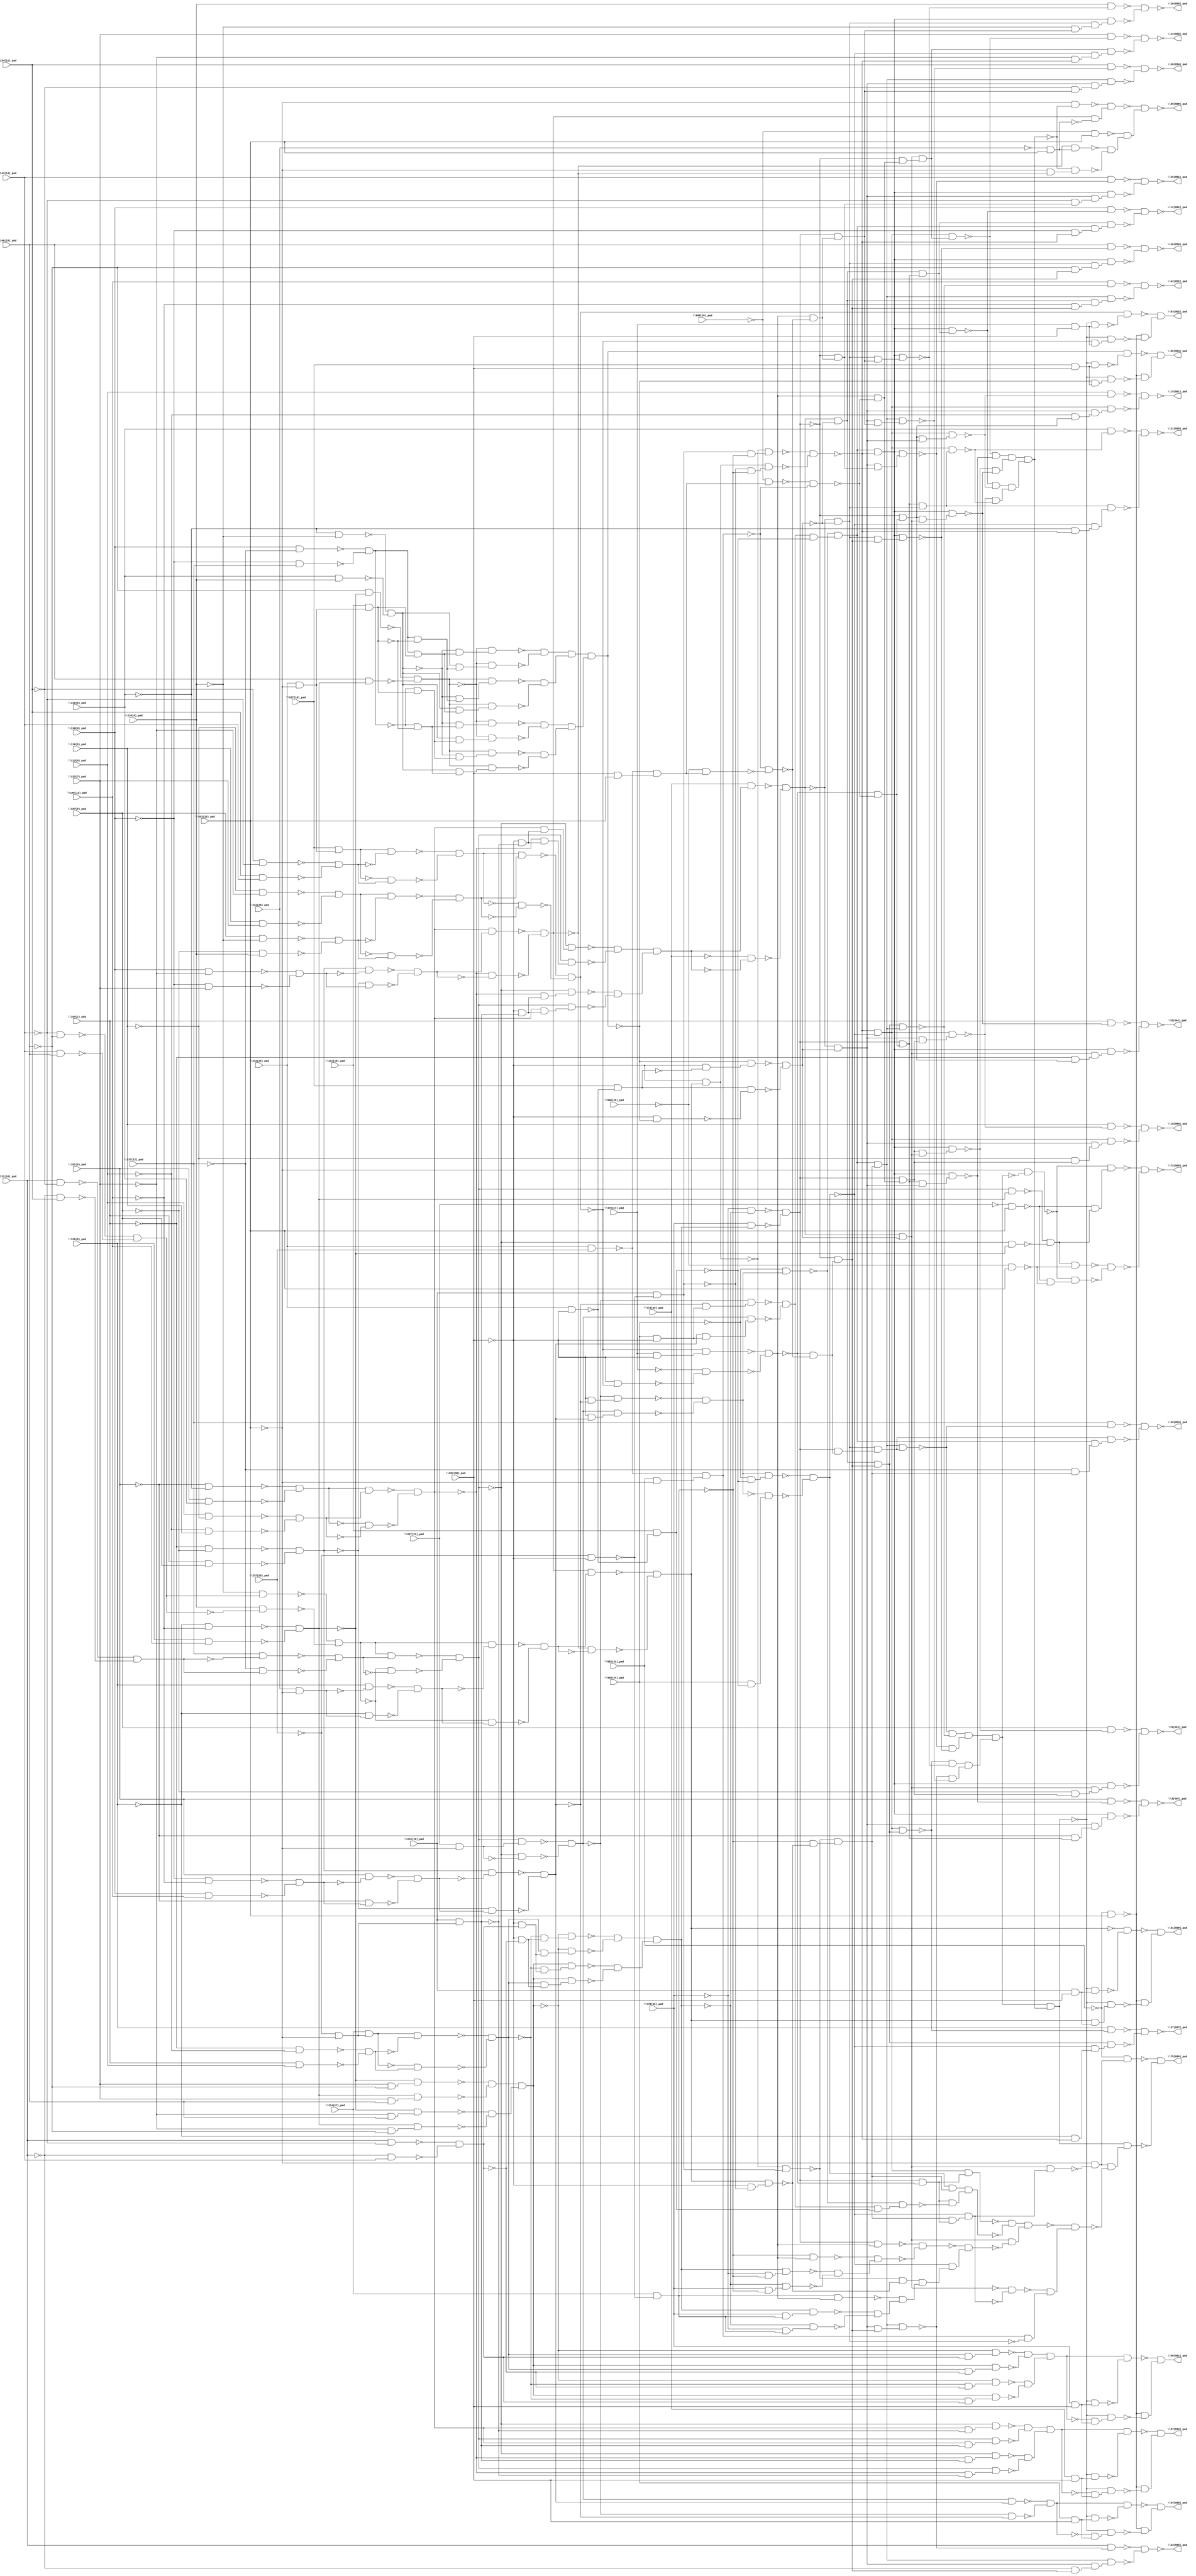
module top( \101(0)_pad  , \104(1)_pad  , \107(2)_pad  , \110(3)_pad  , \113(4)_pad  , \116(5)_pad  , \119(6)_pad  , \122(7)_pad  , \125(8)_pad  , \128(9)_pad  , \131(10)_pad  , \134(11)_pad  , \137(12)_pad  , \140(13)_pad  , \143(14)_pad  , \146(15)_pad  , \210(16)_pad  , \214(17)_pad  , \217(18)_pad  , \221(19)_pad  , \224(20)_pad  , \227(21)_pad  , \234(22)_pad  , \237(23)_pad  , \469(24)_pad  , \472(25)_pad  , \475(26)_pad  , \478(27)_pad  , \898(28)_pad  , \900(29)_pad  , \902(30)_pad  , \952(31)_pad  , \953(32)_pad  , \12(862)_pad  , \15(861)_pad  , \18(860)_pad  , \21(859)_pad  , \24(858)_pad  , \27(857)_pad  , \3(865)_pad  , \30(856)_pad  , \33(855)_pad  , \36(854)_pad  , \39(853)_pad  , \42(852)_pad  , \45(851)_pad  , \48(850)_pad  , \51(899)_pad  , \54(900)_pad  , \57(912)_pad  , \6(864)_pad  , \60(901)_pad  , \63(902)_pad  , \66(903)_pad  , \69(908)_pad  , \72(909)_pad  , \75(866)_pad  , \9(863)_pad  );
  input \101(0)_pad  ;
  input \104(1)_pad  ;
  input \107(2)_pad  ;
  input \110(3)_pad  ;
  input \113(4)_pad  ;
  input \116(5)_pad  ;
  input \119(6)_pad  ;
  input \122(7)_pad  ;
  input \125(8)_pad  ;
  input \128(9)_pad  ;
  input \131(10)_pad  ;
  input \134(11)_pad  ;
  input \137(12)_pad  ;
  input \140(13)_pad  ;
  input \143(14)_pad  ;
  input \146(15)_pad  ;
  input \210(16)_pad  ;
  input \214(17)_pad  ;
  input \217(18)_pad  ;
  input \221(19)_pad  ;
  input \224(20)_pad  ;
  input \227(21)_pad  ;
  input \234(22)_pad  ;
  input \237(23)_pad  ;
  input \469(24)_pad  ;
  input \472(25)_pad  ;
  input \475(26)_pad  ;
  input \478(27)_pad  ;
  input \898(28)_pad  ;
  input \900(29)_pad  ;
  input \902(30)_pad  ;
  input \952(31)_pad  ;
  input \953(32)_pad  ;
  output \12(862)_pad  ;
  output \15(861)_pad  ;
  output \18(860)_pad  ;
  output \21(859)_pad  ;
  output \24(858)_pad  ;
  output \27(857)_pad  ;
  output \3(865)_pad  ;
  output \30(856)_pad  ;
  output \33(855)_pad  ;
  output \36(854)_pad  ;
  output \39(853)_pad  ;
  output \42(852)_pad  ;
  output \45(851)_pad  ;
  output \48(850)_pad  ;
  output \51(899)_pad  ;
  output \54(900)_pad  ;
  output \57(912)_pad  ;
  output \6(864)_pad  ;
  output \60(901)_pad  ;
  output \63(902)_pad  ;
  output \66(903)_pad  ;
  output \69(908)_pad  ;
  output \72(909)_pad  ;
  output \75(866)_pad  ;
  output \9(863)_pad  ;
  wire n34 , n35 , n36 , n37 , n38 , n39 , n40 , n41 , n42 , n43 , n44 , n45 , n46 , n47 , n48 , n49 , n50 , n51 , n52 , n53 , n54 , n55 , n56 , n57 , n58 , n59 , n60 , n61 , n62 , n63 , n64 , n65 , n66 , n67 , n68 , n69 , n70 , n71 , n72 , n73 , n74 , n75 , n76 , n77 , n78 , n79 , n80 , n81 , n82 , n83 , n84 , n85 , n86 , n87 , n88 , n89 , n90 , n91 , n92 , n93 , n94 , n95 , n96 , n97 , n98 , n99 , n100 , n101 , n102 , n103 , n104 , n105 , n106 , n107 , n108 , n109 , n110 , n111 , n112 , n113 , n114 , n115 , n116 , n117 , n118 , n119 , n120 , n121 , n122 , n123 , n124 , n125 , n126 , n127 , n128 , n129 , n130 , n131 , n132 , n133 , n134 , n135 , n136 , n137 , n138 , n139 , n140 , n141 , n142 , n143 , n144 , n145 , n146 , n147 , n148 , n149 , n150 , n151 , n152 , n153 , n154 , n155 , n156 , n157 , n158 , n159 , n160 , n161 , n162 , n163 , n164 , n165 , n166 , n167 , n168 , n169 , n170 , n171 , n172 , n173 , n174 , n175 , n176 , n177 , n178 , n179 , n180 , n181 , n182 , n183 , n184 , n185 , n186 , n187 , n188 , n189 , n190 , n191 , n192 , n193 , n194 , n195 , n196 , n197 , n198 , n199 , n200 , n201 , n202 , n203 , n204 , n205 , n206 , n207 , n208 , n209 , n210 , n211 , n212 , n213 , n214 , n215 , n216 , n217 , n218 , n219 , n220 , n221 , n222 , n223 , n224 , n225 , n226 , n227 , n228 , n229 , n230 , n231 , n232 , n233 , n234 , n235 , n236 , n237 , n238 , n239 , n240 , n241 , n242 , n243 , n244 , n245 , n246 , n247 , n248 , n249 , n250 , n251 , n252 , n253 , n254 , n255 , n256 , n257 , n258 , n259 , n260 , n261 , n262 , n263 , n264 , n265 , n266 , n267 , n268 , n269 , n270 , n271 , n272 , n273 , n274 , n275 , n276 , n277 , n278 , n279 , n280 , n281 , n282 , n283 , n284 , n285 , n286 , n287 , n288 , n289 , n290 , n291 , n292 , n293 , n294 , n295 , n296 , n297 , n298 , n299 , n300 , n301 , n302 , n303 , n304 , n305 , n306 , n307 , n308 , n309 , n310 , n311 , n312 , n313 , n314 , n315 , n316 , n317 , n318 , n319 , n320 , n321 , n322 , n323 , n324 , n325 , n326 , n327 , n328 , n329 , n330 , n331 , n332 , n333 , n334 , n335 , n336 , n337 , n338 , n339 , n340 , n341 , n342 , n343 , n344 , n345 , n346 , n347 , n348 , n349 , n350 , n351 , n352 , n353 , n354 , n355 , n356 , n357 , n358 , n359 , n360 , n361 , n362 , n363 , n364 , n365 , n366 , n367 , n368 , n369 , n370 , n371 , n372 , n373 , n374 , n375 , n376 , n377 , n378 , n379 , n380 , n381 , n382 , n383 , n384 , n385 , n386 , n387 , n388 , n389 , n390 , n391 , n392 , n393 , n394 , n395 , n396 , n397 , n398 , n399 , n400 , n401 , n402 , n403 , n404 , n405 , n406 , n407 , n408 , n409 , n410 , n411 , n412 , n413 , n414 , n415 , n416 , n417 , n418 , n419 , n420 , n421 , n422 , n423 , n424 , n425 , n426 , n427 , n428 , n429 , n430 , n431 , n432 , n433 , n434 , n435 , n436 , n437 , n438 , n439 , n440 , n441 , n442 , n443 , n444 , n445 , n446 , n447 , n448 , n449 , n450 , n451 , n452 , n453 , n454 , n455 , n456 , n457 , n458 , n459 , n460 , n461 , n462 , n463 , n464 , n465 , n466 , n467 , n468 , n469 , n470 , n471 , n472 , n473 , n474 , n475 , n476 , n477 , n478 , n479 , n480 , n481 , n482 , n483 , n484 , n485 , n486 , n487 , n488 , n489 , n490 , n491 , n492 , n493 , n494 , n495 , n496 , n497 , n498 , n499 , n500 , n501 , n502 , n503 , n504 , n505 , n506 , n507 , n508 , n509 , n510 , n511 , n512 , n513 , n514 , n515 , n516 , n517 , n518 , n519 , n520 , n521 , n522 , n523 , n524 , n525 , n526 , n527 , n528 , n529 , n530 , n531 , n532 , n533 , n534 , n535 , n536 , n537 , n538 , n539 , n540 , n541 ;
  assign n34 = ~\143(14)_pad  & ~\146(15)_pad  ;
  assign n35 = \143(14)_pad  & \146(15)_pad  ;
  assign n36 = ~n34 & ~n35 ;
  assign n37 = ~\128(9)_pad  & n36 ;
  assign n38 = \128(9)_pad  & ~n36 ;
  assign n39 = ~n37 & ~n38 ;
  assign n40 = \131(10)_pad  & ~\134(11)_pad  ;
  assign n41 = ~\131(10)_pad  & \134(11)_pad  ;
  assign n42 = ~n40 & ~n41 ;
  assign n43 = \137(12)_pad  & ~n42 ;
  assign n44 = ~\137(12)_pad  & n42 ;
  assign n45 = ~n43 & ~n44 ;
  assign n46 = n39 & n45 ;
  assign n47 = ~n39 & ~n45 ;
  assign n48 = ~n46 & ~n47 ;
  assign n49 = \227(21)_pad  & ~\953(32)_pad  ;
  assign n50 = n48 & n49 ;
  assign n51 = ~n48 & ~n49 ;
  assign n52 = ~n50 & ~n51 ;
  assign n53 = ~\104(1)_pad  & ~\107(2)_pad  ;
  assign n54 = \104(1)_pad  & \107(2)_pad  ;
  assign n55 = ~n53 & ~n54 ;
  assign n56 = ~\110(3)_pad  & ~\140(13)_pad  ;
  assign n57 = \110(3)_pad  & \140(13)_pad  ;
  assign n58 = ~n56 & ~n57 ;
  assign n59 = \101(0)_pad  & ~n58 ;
  assign n60 = ~\101(0)_pad  & n58 ;
  assign n61 = ~n59 & ~n60 ;
  assign n62 = n55 & ~n61 ;
  assign n63 = ~n55 & n61 ;
  assign n64 = ~n62 & ~n63 ;
  assign n65 = ~\902(30)_pad  & ~n64 ;
  assign n66 = ~n52 & n65 ;
  assign n67 = ~\902(30)_pad  & n64 ;
  assign n68 = n52 & n67 ;
  assign n69 = ~n66 & ~n68 ;
  assign n70 = ~\469(24)_pad  & n69 ;
  assign n71 = \469(24)_pad  & ~\902(30)_pad  ;
  assign n72 = ~n64 & n71 ;
  assign n73 = ~n52 & n72 ;
  assign n74 = n64 & n71 ;
  assign n75 = n52 & n74 ;
  assign n76 = ~n73 & ~n75 ;
  assign n77 = \234(22)_pad  & ~\902(30)_pad  ;
  assign n78 = \221(19)_pad  & ~n77 ;
  assign n79 = n76 & ~n78 ;
  assign n80 = ~n70 & n79 ;
  assign n81 = ~\101(0)_pad  & ~\119(6)_pad  ;
  assign n82 = \101(0)_pad  & \119(6)_pad  ;
  assign n83 = ~n81 & ~n82 ;
  assign n84 = \113(4)_pad  & ~\116(5)_pad  ;
  assign n85 = ~\113(4)_pad  & \116(5)_pad  ;
  assign n86 = ~n84 & ~n85 ;
  assign n87 = n83 & n86 ;
  assign n88 = ~n83 & ~n86 ;
  assign n89 = ~n87 & ~n88 ;
  assign n90 = \110(3)_pad  & ~\122(7)_pad  ;
  assign n91 = ~\110(3)_pad  & \122(7)_pad  ;
  assign n92 = ~n90 & ~n91 ;
  assign n93 = n55 & ~n92 ;
  assign n94 = ~n55 & n92 ;
  assign n95 = ~n93 & ~n94 ;
  assign n96 = n89 & n95 ;
  assign n97 = ~n89 & ~n95 ;
  assign n98 = ~n96 & ~n97 ;
  assign n99 = \224(20)_pad  & ~\953(32)_pad  ;
  assign n100 = \125(8)_pad  & ~n99 ;
  assign n101 = ~\125(8)_pad  & n99 ;
  assign n102 = ~n100 & ~n101 ;
  assign n103 = n39 & ~n102 ;
  assign n104 = ~n39 & n102 ;
  assign n105 = ~n103 & ~n104 ;
  assign n106 = n98 & n105 ;
  assign n107 = ~n98 & ~n105 ;
  assign n108 = ~n106 & ~n107 ;
  assign n109 = ~\902(30)_pad  & n108 ;
  assign n110 = ~\237(23)_pad  & ~\902(30)_pad  ;
  assign n111 = \210(16)_pad  & ~n110 ;
  assign n112 = \214(17)_pad  & ~n110 ;
  assign n113 = n111 & ~n112 ;
  assign n114 = ~n109 & n113 ;
  assign n115 = ~n111 & ~n112 ;
  assign n116 = n109 & n115 ;
  assign n117 = ~n114 & ~n116 ;
  assign n118 = n80 & ~n117 ;
  assign n119 = ~\237(23)_pad  & ~\953(32)_pad  ;
  assign n120 = \210(16)_pad  & n119 ;
  assign n121 = ~\902(30)_pad  & ~n120 ;
  assign n122 = n89 & n121 ;
  assign n123 = ~n48 & n122 ;
  assign n124 = ~n89 & n121 ;
  assign n125 = n48 & n124 ;
  assign n126 = ~n123 & ~n125 ;
  assign n127 = ~\902(30)_pad  & n120 ;
  assign n128 = ~n89 & n127 ;
  assign n129 = ~n48 & n128 ;
  assign n130 = n89 & n127 ;
  assign n131 = n48 & n130 ;
  assign n132 = ~n129 & ~n131 ;
  assign n133 = n126 & n132 ;
  assign n134 = \472(25)_pad  & n133 ;
  assign n135 = ~\472(25)_pad  & ~n133 ;
  assign n136 = ~n134 & ~n135 ;
  assign n137 = ~\125(8)_pad  & ~\140(13)_pad  ;
  assign n138 = \125(8)_pad  & \140(13)_pad  ;
  assign n139 = ~n137 & ~n138 ;
  assign n140 = ~\146(15)_pad  & ~n139 ;
  assign n141 = \146(15)_pad  & n139 ;
  assign n142 = ~n140 & ~n141 ;
  assign n143 = ~\119(6)_pad  & ~\128(9)_pad  ;
  assign n144 = \119(6)_pad  & \128(9)_pad  ;
  assign n145 = ~n143 & ~n144 ;
  assign n146 = \110(3)_pad  & ~\137(12)_pad  ;
  assign n147 = ~\110(3)_pad  & \137(12)_pad  ;
  assign n148 = ~n146 & ~n147 ;
  assign n149 = \234(22)_pad  & ~\953(32)_pad  ;
  assign n150 = \221(19)_pad  & n149 ;
  assign n151 = n148 & n150 ;
  assign n152 = ~n145 & n151 ;
  assign n153 = ~n142 & n152 ;
  assign n154 = n148 & ~n150 ;
  assign n155 = n145 & n154 ;
  assign n156 = ~n142 & n155 ;
  assign n157 = ~n153 & ~n156 ;
  assign n158 = ~n145 & n154 ;
  assign n159 = n142 & n158 ;
  assign n160 = n145 & n151 ;
  assign n161 = n142 & n160 ;
  assign n162 = ~n159 & ~n161 ;
  assign n163 = n157 & n162 ;
  assign n164 = ~n148 & ~n150 ;
  assign n165 = ~n145 & n164 ;
  assign n166 = ~n142 & n165 ;
  assign n167 = ~n148 & n150 ;
  assign n168 = n145 & n167 ;
  assign n169 = ~n142 & n168 ;
  assign n170 = ~n166 & ~n169 ;
  assign n171 = ~n145 & n167 ;
  assign n172 = n142 & n171 ;
  assign n173 = n145 & n164 ;
  assign n174 = n142 & n173 ;
  assign n175 = ~n172 & ~n174 ;
  assign n176 = n170 & n175 ;
  assign n177 = n163 & n176 ;
  assign n178 = \217(18)_pad  & ~n77 ;
  assign n179 = ~\902(30)_pad  & ~n178 ;
  assign n180 = ~n177 & n179 ;
  assign n181 = ~\902(30)_pad  & ~n177 ;
  assign n182 = n178 & ~n181 ;
  assign n183 = ~n180 & ~n182 ;
  assign n184 = n136 & ~n183 ;
  assign n185 = \122(7)_pad  & ~\146(15)_pad  ;
  assign n186 = ~n139 & n185 ;
  assign n187 = \122(7)_pad  & \146(15)_pad  ;
  assign n188 = n139 & n187 ;
  assign n189 = ~n186 & ~n188 ;
  assign n190 = ~\122(7)_pad  & \146(15)_pad  ;
  assign n191 = ~n139 & n190 ;
  assign n192 = ~\122(7)_pad  & ~\146(15)_pad  ;
  assign n193 = n139 & n192 ;
  assign n194 = ~n191 & ~n193 ;
  assign n195 = n189 & n194 ;
  assign n196 = \214(17)_pad  & n119 ;
  assign n197 = ~\104(1)_pad  & ~\113(4)_pad  ;
  assign n198 = \104(1)_pad  & \113(4)_pad  ;
  assign n199 = ~n197 & ~n198 ;
  assign n200 = n196 & ~n199 ;
  assign n201 = ~n196 & n199 ;
  assign n202 = ~n200 & ~n201 ;
  assign n203 = \131(10)_pad  & ~\143(14)_pad  ;
  assign n204 = ~\131(10)_pad  & \143(14)_pad  ;
  assign n205 = ~n203 & ~n204 ;
  assign n206 = ~\902(30)_pad  & ~n205 ;
  assign n207 = ~n202 & n206 ;
  assign n208 = ~n195 & n207 ;
  assign n209 = ~\902(30)_pad  & n205 ;
  assign n210 = n202 & n209 ;
  assign n211 = ~n195 & n210 ;
  assign n212 = ~n208 & ~n211 ;
  assign n213 = ~n202 & n209 ;
  assign n214 = n195 & n213 ;
  assign n215 = n202 & n206 ;
  assign n216 = n195 & n215 ;
  assign n217 = ~n214 & ~n216 ;
  assign n218 = n212 & n217 ;
  assign n219 = ~\475(26)_pad  & ~n218 ;
  assign n220 = \475(26)_pad  & n218 ;
  assign n221 = ~n219 & ~n220 ;
  assign n222 = \217(18)_pad  & n149 ;
  assign n223 = ~\134(11)_pad  & ~\143(14)_pad  ;
  assign n224 = \134(11)_pad  & \143(14)_pad  ;
  assign n225 = ~n223 & ~n224 ;
  assign n226 = n222 & ~n225 ;
  assign n227 = ~n222 & n225 ;
  assign n228 = ~n226 & ~n227 ;
  assign n229 = ~\116(5)_pad  & ~\122(7)_pad  ;
  assign n230 = \116(5)_pad  & \122(7)_pad  ;
  assign n231 = ~n229 & ~n230 ;
  assign n232 = \107(2)_pad  & ~\128(9)_pad  ;
  assign n233 = ~\107(2)_pad  & \128(9)_pad  ;
  assign n234 = ~n232 & ~n233 ;
  assign n235 = n231 & ~n234 ;
  assign n236 = ~n231 & n234 ;
  assign n237 = ~n235 & ~n236 ;
  assign n238 = n228 & n237 ;
  assign n239 = ~n228 & ~n237 ;
  assign n240 = ~n238 & ~n239 ;
  assign n241 = \478(27)_pad  & ~\902(30)_pad  ;
  assign n242 = ~n240 & n241 ;
  assign n243 = ~\902(30)_pad  & ~n240 ;
  assign n244 = ~\478(27)_pad  & ~n243 ;
  assign n245 = ~n242 & ~n244 ;
  assign n246 = \234(22)_pad  & \237(23)_pad  ;
  assign n247 = \902(30)_pad  & \953(32)_pad  ;
  assign n248 = ~n246 & n247 ;
  assign n249 = ~\898(28)_pad  & n248 ;
  assign n250 = \952(31)_pad  & ~\953(32)_pad  ;
  assign n251 = ~n246 & n250 ;
  assign n252 = ~n249 & ~n251 ;
  assign n253 = ~n245 & ~n252 ;
  assign n254 = n221 & n253 ;
  assign n255 = n184 & n254 ;
  assign n256 = n118 & n255 ;
  assign n257 = \110(3)_pad  & ~n256 ;
  assign n258 = ~\110(3)_pad  & ~n117 ;
  assign n259 = n80 & n258 ;
  assign n260 = n255 & n259 ;
  assign n261 = ~n257 & ~n260 ;
  assign n262 = ~\469(24)_pad  & ~n78 ;
  assign n263 = n69 & n262 ;
  assign n264 = \469(24)_pad  & ~n78 ;
  assign n265 = ~n69 & n264 ;
  assign n266 = ~n263 & ~n265 ;
  assign n267 = ~n117 & ~n266 ;
  assign n268 = ~n221 & n253 ;
  assign n269 = ~n136 & n183 ;
  assign n270 = n268 & n269 ;
  assign n271 = n267 & n270 ;
  assign n272 = \113(4)_pad  & ~n271 ;
  assign n273 = ~\113(4)_pad  & n268 ;
  assign n274 = n269 & n273 ;
  assign n275 = n267 & n274 ;
  assign n276 = ~n272 & ~n275 ;
  assign n277 = n245 & ~n252 ;
  assign n278 = n221 & n277 ;
  assign n279 = n269 & n278 ;
  assign n280 = n267 & n279 ;
  assign n281 = \116(5)_pad  & ~n280 ;
  assign n282 = ~\116(5)_pad  & n278 ;
  assign n283 = n269 & n282 ;
  assign n284 = n267 & n283 ;
  assign n285 = ~n281 & ~n284 ;
  assign n286 = ~n136 & ~n183 ;
  assign n287 = n254 & n286 ;
  assign n288 = n267 & n287 ;
  assign n289 = \119(6)_pad  & ~n288 ;
  assign n290 = ~\119(6)_pad  & ~n117 ;
  assign n291 = ~n266 & n290 ;
  assign n292 = n287 & n291 ;
  assign n293 = ~n289 & ~n292 ;
  assign n294 = n136 & n183 ;
  assign n295 = ~n221 & n277 ;
  assign n296 = n294 & n295 ;
  assign n297 = n267 & n296 ;
  assign n298 = \122(7)_pad  & ~n297 ;
  assign n299 = ~\122(7)_pad  & ~n117 ;
  assign n300 = ~n266 & n299 ;
  assign n301 = n296 & n300 ;
  assign n302 = ~n298 & ~n301 ;
  assign n303 = ~\900(29)_pad  & n248 ;
  assign n304 = ~n251 & ~n303 ;
  assign n305 = ~n245 & ~n304 ;
  assign n306 = ~n221 & n305 ;
  assign n307 = n184 & n306 ;
  assign n308 = n267 & n307 ;
  assign n309 = \125(8)_pad  & ~n308 ;
  assign n310 = ~\125(8)_pad  & ~n117 ;
  assign n311 = ~n266 & n310 ;
  assign n312 = n307 & n311 ;
  assign n313 = ~n309 & ~n312 ;
  assign n314 = n254 & n269 ;
  assign n315 = n118 & n314 ;
  assign n316 = \101(0)_pad  & ~n315 ;
  assign n317 = ~\101(0)_pad  & n254 ;
  assign n318 = n269 & n317 ;
  assign n319 = n118 & n318 ;
  assign n320 = ~n316 & ~n319 ;
  assign n321 = n245 & ~n304 ;
  assign n322 = n221 & n321 ;
  assign n323 = n286 & n322 ;
  assign n324 = n118 & n323 ;
  assign n325 = \128(9)_pad  & ~n324 ;
  assign n326 = ~\128(9)_pad  & n322 ;
  assign n327 = n286 & n326 ;
  assign n328 = n118 & n327 ;
  assign n329 = ~n325 & ~n328 ;
  assign n330 = ~n109 & n111 ;
  assign n331 = ~\902(30)_pad  & ~n111 ;
  assign n332 = n108 & n331 ;
  assign n333 = ~n112 & ~n332 ;
  assign n334 = ~n330 & n333 ;
  assign n335 = n80 & n334 ;
  assign n336 = n269 & n306 ;
  assign n337 = n335 & n336 ;
  assign n338 = \131(10)_pad  & ~n337 ;
  assign n339 = ~\131(10)_pad  & n306 ;
  assign n340 = n269 & n339 ;
  assign n341 = n335 & n340 ;
  assign n342 = ~n338 & ~n341 ;
  assign n343 = n269 & n322 ;
  assign n344 = n335 & n343 ;
  assign n345 = \134(11)_pad  & ~n344 ;
  assign n346 = ~\134(11)_pad  & n322 ;
  assign n347 = n269 & n346 ;
  assign n348 = n335 & n347 ;
  assign n349 = ~n345 & ~n348 ;
  assign n350 = n221 & n305 ;
  assign n351 = n286 & n350 ;
  assign n352 = n335 & n351 ;
  assign n353 = \137(12)_pad  & ~n352 ;
  assign n354 = ~\137(12)_pad  & n334 ;
  assign n355 = n80 & n354 ;
  assign n356 = n351 & n355 ;
  assign n357 = ~n353 & ~n356 ;
  assign n358 = n307 & n335 ;
  assign n359 = \140(13)_pad  & ~n358 ;
  assign n360 = ~\140(13)_pad  & n306 ;
  assign n361 = n184 & n360 ;
  assign n362 = n335 & n361 ;
  assign n363 = ~n359 & ~n362 ;
  assign n364 = ~n221 & n321 ;
  assign n365 = n269 & n364 ;
  assign n366 = n118 & n365 ;
  assign n367 = \143(14)_pad  & ~n366 ;
  assign n368 = ~\143(14)_pad  & n364 ;
  assign n369 = n269 & n368 ;
  assign n370 = n118 & n369 ;
  assign n371 = ~n367 & ~n370 ;
  assign n372 = n286 & n306 ;
  assign n373 = n118 & n372 ;
  assign n374 = \146(15)_pad  & ~n373 ;
  assign n375 = ~\146(15)_pad  & n306 ;
  assign n376 = n286 & n375 ;
  assign n377 = n118 & n376 ;
  assign n378 = ~n374 & ~n377 ;
  assign n379 = ~n352 & ~n358 ;
  assign n380 = ~n366 & ~n373 ;
  assign n381 = n379 & n380 ;
  assign n382 = ~n308 & ~n324 ;
  assign n383 = ~n337 & ~n344 ;
  assign n384 = n382 & n383 ;
  assign n385 = n381 & n384 ;
  assign n386 = ~n297 & ~n315 ;
  assign n387 = n278 & n294 ;
  assign n388 = n118 & n387 ;
  assign n389 = n268 & n294 ;
  assign n390 = n118 & n389 ;
  assign n391 = ~n388 & ~n390 ;
  assign n392 = n386 & n391 ;
  assign n393 = ~n256 & ~n271 ;
  assign n394 = ~n280 & ~n288 ;
  assign n395 = n393 & n394 ;
  assign n396 = n392 & n395 ;
  assign n397 = n385 & n396 ;
  assign n398 = \210(16)_pad  & \902(30)_pad  ;
  assign n399 = ~n397 & n398 ;
  assign n400 = ~n108 & ~n399 ;
  assign n401 = ~\952(31)_pad  & \953(32)_pad  ;
  assign n402 = n108 & n398 ;
  assign n403 = ~n397 & n402 ;
  assign n404 = ~n401 & ~n403 ;
  assign n405 = ~n400 & n404 ;
  assign n406 = n52 & n64 ;
  assign n407 = ~n52 & ~n64 ;
  assign n408 = ~n406 & ~n407 ;
  assign n409 = \469(24)_pad  & \902(30)_pad  ;
  assign n410 = ~n397 & n409 ;
  assign n411 = n408 & ~n410 ;
  assign n412 = ~n408 & n409 ;
  assign n413 = ~n397 & n412 ;
  assign n414 = ~n401 & ~n413 ;
  assign n415 = ~n411 & n414 ;
  assign n416 = n89 & ~n120 ;
  assign n417 = ~n48 & n416 ;
  assign n418 = n89 & n120 ;
  assign n419 = n48 & n418 ;
  assign n420 = ~n417 & ~n419 ;
  assign n421 = ~n89 & n120 ;
  assign n422 = ~n48 & n421 ;
  assign n423 = ~n89 & ~n120 ;
  assign n424 = n48 & n423 ;
  assign n425 = ~n422 & ~n424 ;
  assign n426 = n420 & n425 ;
  assign n427 = \472(25)_pad  & \902(30)_pad  ;
  assign n428 = ~n397 & n427 ;
  assign n429 = n426 & ~n428 ;
  assign n430 = ~n426 & n427 ;
  assign n431 = ~n397 & n430 ;
  assign n432 = ~n401 & ~n431 ;
  assign n433 = ~n429 & n432 ;
  assign n434 = \104(1)_pad  & ~n390 ;
  assign n435 = ~\104(1)_pad  & n268 ;
  assign n436 = n294 & n435 ;
  assign n437 = n118 & n436 ;
  assign n438 = ~n434 & ~n437 ;
  assign n439 = n202 & n205 ;
  assign n440 = ~n195 & n439 ;
  assign n441 = n202 & ~n205 ;
  assign n442 = n195 & n441 ;
  assign n443 = ~n440 & ~n442 ;
  assign n444 = ~n202 & ~n205 ;
  assign n445 = ~n195 & n444 ;
  assign n446 = ~n202 & n205 ;
  assign n447 = n195 & n446 ;
  assign n448 = ~n445 & ~n447 ;
  assign n449 = n443 & n448 ;
  assign n450 = \475(26)_pad  & \902(30)_pad  ;
  assign n451 = ~n397 & n450 ;
  assign n452 = n449 & ~n451 ;
  assign n453 = ~n449 & n450 ;
  assign n454 = ~n397 & n453 ;
  assign n455 = ~n401 & ~n454 ;
  assign n456 = ~n452 & n455 ;
  assign n457 = \478(27)_pad  & \902(30)_pad  ;
  assign n458 = ~n397 & n457 ;
  assign n459 = n240 & ~n458 ;
  assign n460 = ~n240 & n457 ;
  assign n461 = ~n397 & n460 ;
  assign n462 = ~n401 & ~n461 ;
  assign n463 = ~n459 & n462 ;
  assign n464 = \217(18)_pad  & \902(30)_pad  ;
  assign n465 = ~n397 & n464 ;
  assign n466 = n177 & ~n465 ;
  assign n467 = ~n177 & n464 ;
  assign n468 = ~n397 & n467 ;
  assign n469 = ~n401 & ~n468 ;
  assign n470 = ~n466 & n469 ;
  assign n471 = ~\953(32)_pad  & ~n396 ;
  assign n472 = ~\224(20)_pad  & \953(32)_pad  ;
  assign n473 = n98 & ~n472 ;
  assign n474 = ~n471 & n473 ;
  assign n475 = ~\898(28)_pad  & \953(32)_pad  ;
  assign n476 = ~n98 & n472 ;
  assign n477 = ~\953(32)_pad  & ~n98 ;
  assign n478 = ~n396 & n477 ;
  assign n479 = ~n476 & ~n478 ;
  assign n480 = ~n475 & n479 ;
  assign n481 = ~n474 & n480 ;
  assign n482 = ~\953(32)_pad  & ~n385 ;
  assign n483 = ~\227(21)_pad  & \953(32)_pad  ;
  assign n484 = n48 & n139 ;
  assign n485 = ~n48 & ~n139 ;
  assign n486 = ~n484 & ~n485 ;
  assign n487 = ~n483 & n486 ;
  assign n488 = ~n482 & n487 ;
  assign n489 = ~\900(29)_pad  & \953(32)_pad  ;
  assign n490 = n486 & ~n489 ;
  assign n491 = ~n483 & ~n489 ;
  assign n492 = ~n482 & n491 ;
  assign n493 = ~n490 & ~n492 ;
  assign n494 = ~n488 & ~n493 ;
  assign n495 = n221 & ~n245 ;
  assign n496 = n334 & n495 ;
  assign n497 = ~n266 & n496 ;
  assign n498 = n294 & n497 ;
  assign n499 = ~\953(32)_pad  & ~n498 ;
  assign n500 = ~\952(31)_pad  & n499 ;
  assign n501 = n267 & n495 ;
  assign n502 = n266 & n334 ;
  assign n503 = n76 & n78 ;
  assign n504 = ~n70 & n503 ;
  assign n505 = n495 & ~n504 ;
  assign n506 = n502 & n505 ;
  assign n507 = ~n501 & ~n506 ;
  assign n508 = n221 & n245 ;
  assign n509 = ~n112 & n245 ;
  assign n510 = ~\475(26)_pad  & ~n112 ;
  assign n511 = n218 & n510 ;
  assign n512 = \475(26)_pad  & ~n112 ;
  assign n513 = ~n218 & n512 ;
  assign n514 = ~n511 & ~n513 ;
  assign n515 = ~n509 & n514 ;
  assign n516 = ~n508 & ~n515 ;
  assign n517 = ~n330 & ~n332 ;
  assign n518 = n112 & n245 ;
  assign n519 = \475(26)_pad  & n112 ;
  assign n520 = n218 & n519 ;
  assign n521 = ~\475(26)_pad  & n112 ;
  assign n522 = ~n218 & n521 ;
  assign n523 = ~n520 & ~n522 ;
  assign n524 = ~n518 & n523 ;
  assign n525 = n517 & n524 ;
  assign n526 = ~n266 & n525 ;
  assign n527 = ~n516 & n526 ;
  assign n528 = n294 & ~n527 ;
  assign n529 = n507 & n528 ;
  assign n530 = ~n294 & ~n497 ;
  assign n531 = n251 & ~n286 ;
  assign n532 = ~n530 & n531 ;
  assign n533 = ~n529 & n532 ;
  assign n534 = n499 & ~n533 ;
  assign n535 = n397 & n534 ;
  assign n536 = ~n500 & ~n535 ;
  assign n537 = \107(2)_pad  & ~n388 ;
  assign n538 = ~\107(2)_pad  & n278 ;
  assign n539 = n294 & n538 ;
  assign n540 = n118 & n539 ;
  assign n541 = ~n537 & ~n540 ;
  assign \12(862)_pad  = ~n261 ;
  assign \15(861)_pad  = ~n276 ;
  assign \18(860)_pad  = ~n285 ;
  assign \21(859)_pad  = ~n293 ;
  assign \24(858)_pad  = ~n302 ;
  assign \27(857)_pad  = ~n313 ;
  assign \3(865)_pad  = ~n320 ;
  assign \30(856)_pad  = ~n329 ;
  assign \33(855)_pad  = ~n342 ;
  assign \36(854)_pad  = ~n349 ;
  assign \39(853)_pad  = ~n357 ;
  assign \42(852)_pad  = ~n363 ;
  assign \45(851)_pad  = ~n371 ;
  assign \48(850)_pad  = ~n378 ;
  assign \51(899)_pad  = n405 ;
  assign \54(900)_pad  = n415 ;
  assign \57(912)_pad  = n433 ;
  assign \6(864)_pad  = ~n438 ;
  assign \60(901)_pad  = n456 ;
  assign \63(902)_pad  = n463 ;
  assign \66(903)_pad  = n470 ;
  assign \69(908)_pad  = ~n481 ;
  assign \72(909)_pad  = ~n494 ;
  assign \75(866)_pad  = n536 ;
  assign \9(863)_pad  = ~n541 ;
endmodule